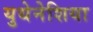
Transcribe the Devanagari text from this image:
युथेनेशिया